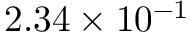
2 . 3 4 \times 1 0 ^ { - 1 }